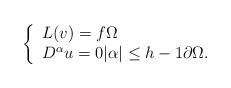
LaTeX: \begin{align*}\left\{\begin{array}{l}L(v) = f \Omega\\D^{\alpha}u = 0 |\alpha|\leq h-1 \partial\Omega.\end{array}\right.\end{align*}